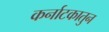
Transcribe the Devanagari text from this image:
कर्नाटकातुन